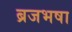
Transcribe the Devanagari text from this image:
ब्रजभषा